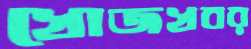
খোজখবর